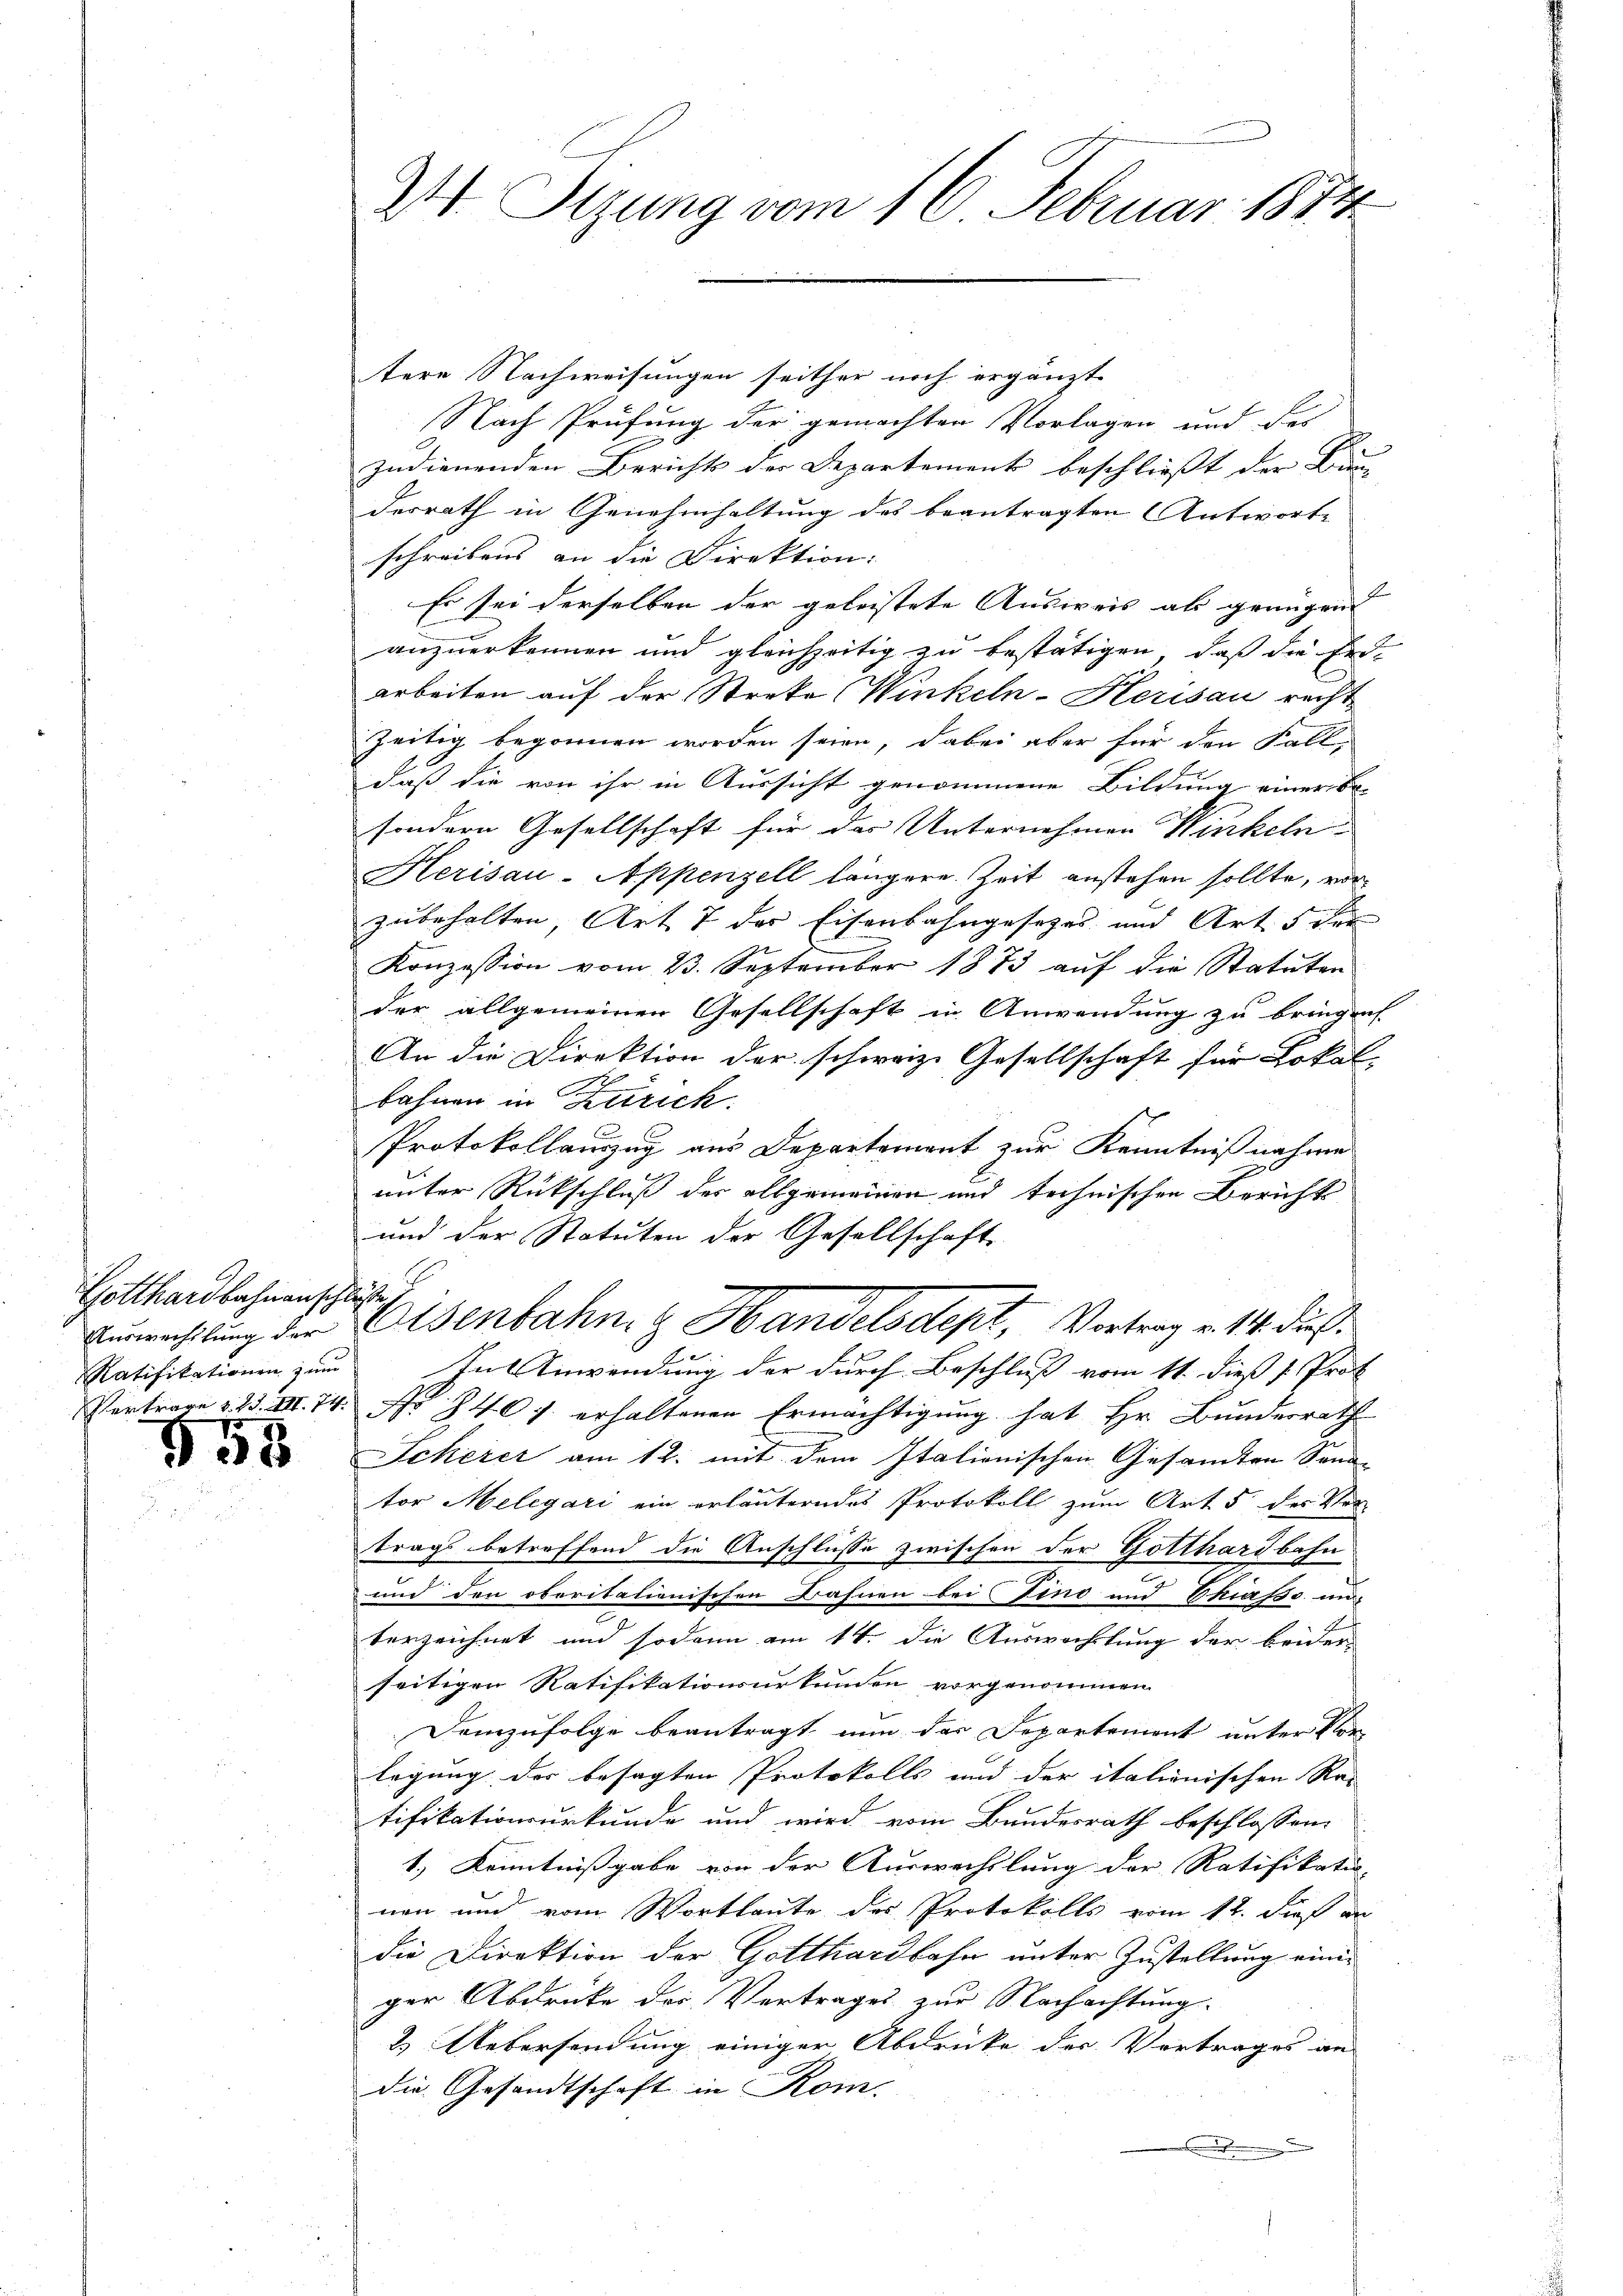
Gotthardbahnenschlüsse,
Auswechslung der
Ratifikationen zum
Vertrage v. 1. III. 74.

558

2 Tizung vom 16. Februar 1873.

tere Nachweisungen seither noch ergänzt
Nach Prüfung der gemachten Vorlagen und der
zudienenden Berichts der Departement beschließt der Be
desrath in Genehmhaltung des beantragten Antworte
schreibens an die Direktion:
Es sei derselben der geleistete Ausweis als genügend
anzuerkennen und gleichzeitig zu bestätigen, daß die Erd-
arbeiten auf der Streke Winkeln-Herisau recht
zeitig begonnen worden seien, dabei aber für den Fall
daß die von ihr in Aussicht genommene Bildung einer Be-
sondern Gesellschaft für das Unternehmen Winkeln
Herisau-Appenzell längere Zeit anstehen sollte, vor
zubehalten, Art 7 der Eisenbahngesezes und Art. 5 der
Konzession vom 23. September 1873 aŭf die Statuten
der allgemeinen Gesellschaft in Anwendung zu bringen
An die Direktion der schwarze Gesellschaft für Lokal- |
bahnen in Zürich.
Protokollauszug aus Departement zur Kenntnißnahme
unter Rückschluß der allgemeinen und technischen Bericht
und der Statuten der Gesellschaft
.

Eisenbahn z. Handelsdept, Vortrag v. 14. durch

In Anwendung der durch Beschluß vom 11. dieß s Prot
 340 f. erhaltenen Ermächtigung hat Hr. Bunderrath
Scherer am 12. mit dem Italionischen Gesammten Sonn-
tor Melegari ein erläuterndes Protokoll zum Art. 5 des Ver-
trags betreffend die Anschlüsse zwischen der Gotthardbahn
und den oberitationischen Bahnen bei Tino und Chiasso un-
terzeichnet und sodann am 14. die Auswachtung der beider-
seitigen Ratifikationsurkunden vorgenommen
Demzufolge beantragt nun das Departement unter Vor
legung der besagten Protokolls und der italienischen Rei
tifikationsurkunde und wird vom Bundesrath beschlossen:
1.) Kenntnissgabe von der Auswechslung der Ratifikatio- |
nen und vom Wortlaute des Protokolls vom 12. Dieß an
die Direktion der Gotthardbahn unter Zustellung einiger Abdrücke der Vertrages zur Nachachtung
2.) Uebersendung einiger Abdrücke der Vertrages an
die Gesandtschaft in Kom-